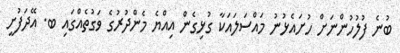
ބުނެ ފުލުހުންނަށް ހުށައެޅުނު މައްސަލައަކާ ގުޅިގެން އިއްޔެ މެންދުރުގެ ވަގުތެއްގައި ބ. އޭދަފުށީ